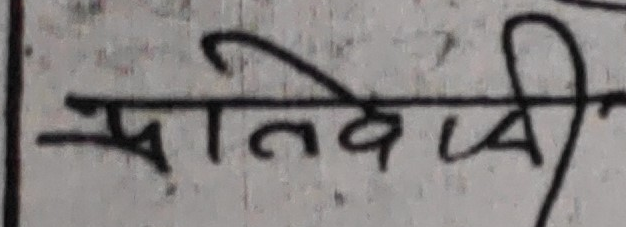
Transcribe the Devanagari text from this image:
प्रतिवेदी